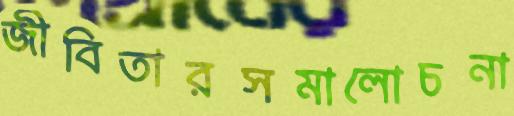
জীবিতারসমালোচনা